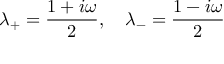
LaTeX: \lambda _ { + } = \frac { 1 + i \omega } { 2 } , \quad \lambda _ { - } = \frac { 1 - i \omega } { 2 }